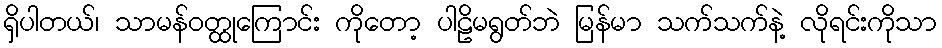
ရှိပါတယ်၊ သာမန်ဝတ္ထုကြောင်း ကိုတော့ ပါဠိမရွတ်ဘဲ မြန်မာ သက်သက်နဲ့ လိုရင်းကိုသာ